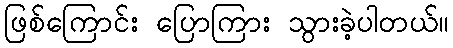
ဖြစ်ကြောင်း ပြောကြား သွားခဲ့ပါတယ်။